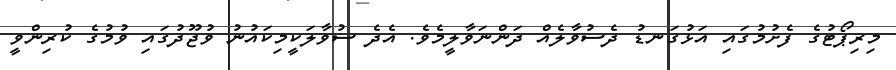
މިރިޕޯޓުގެ ފެށުމުގައި އަޅުގަނޑު ދެސުވާލެއް ދަންނަވާލީމެވެ. އެދެ ސުވާލަކީމިކައުނު ވުޖޫދުގައި ވުމުގެ ކުރިންވީ